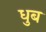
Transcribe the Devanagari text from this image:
धुब